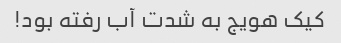
کیک هویج به شدت آب رفته بود!